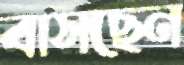
বাসছেন